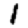
Digit: 1